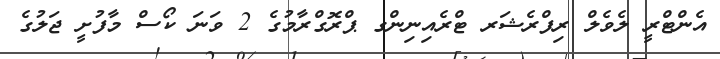
އެންޓްރީ ލެވެލް ރިފްރެޝަރ ޓްރެއިނިންގ ޕްރޮގްރާމުގެ 2 ވަނަ ކޯސް މާފުށީ ޖަލުގެ